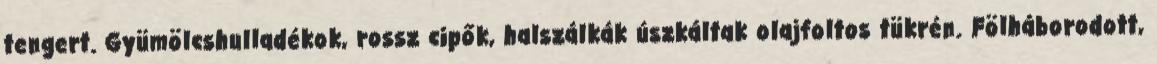
tengert. Gyümölcshulladékok, rossz cipők, halszálkák úszkáltak olajfoltos tükrén. Fölháborodott,